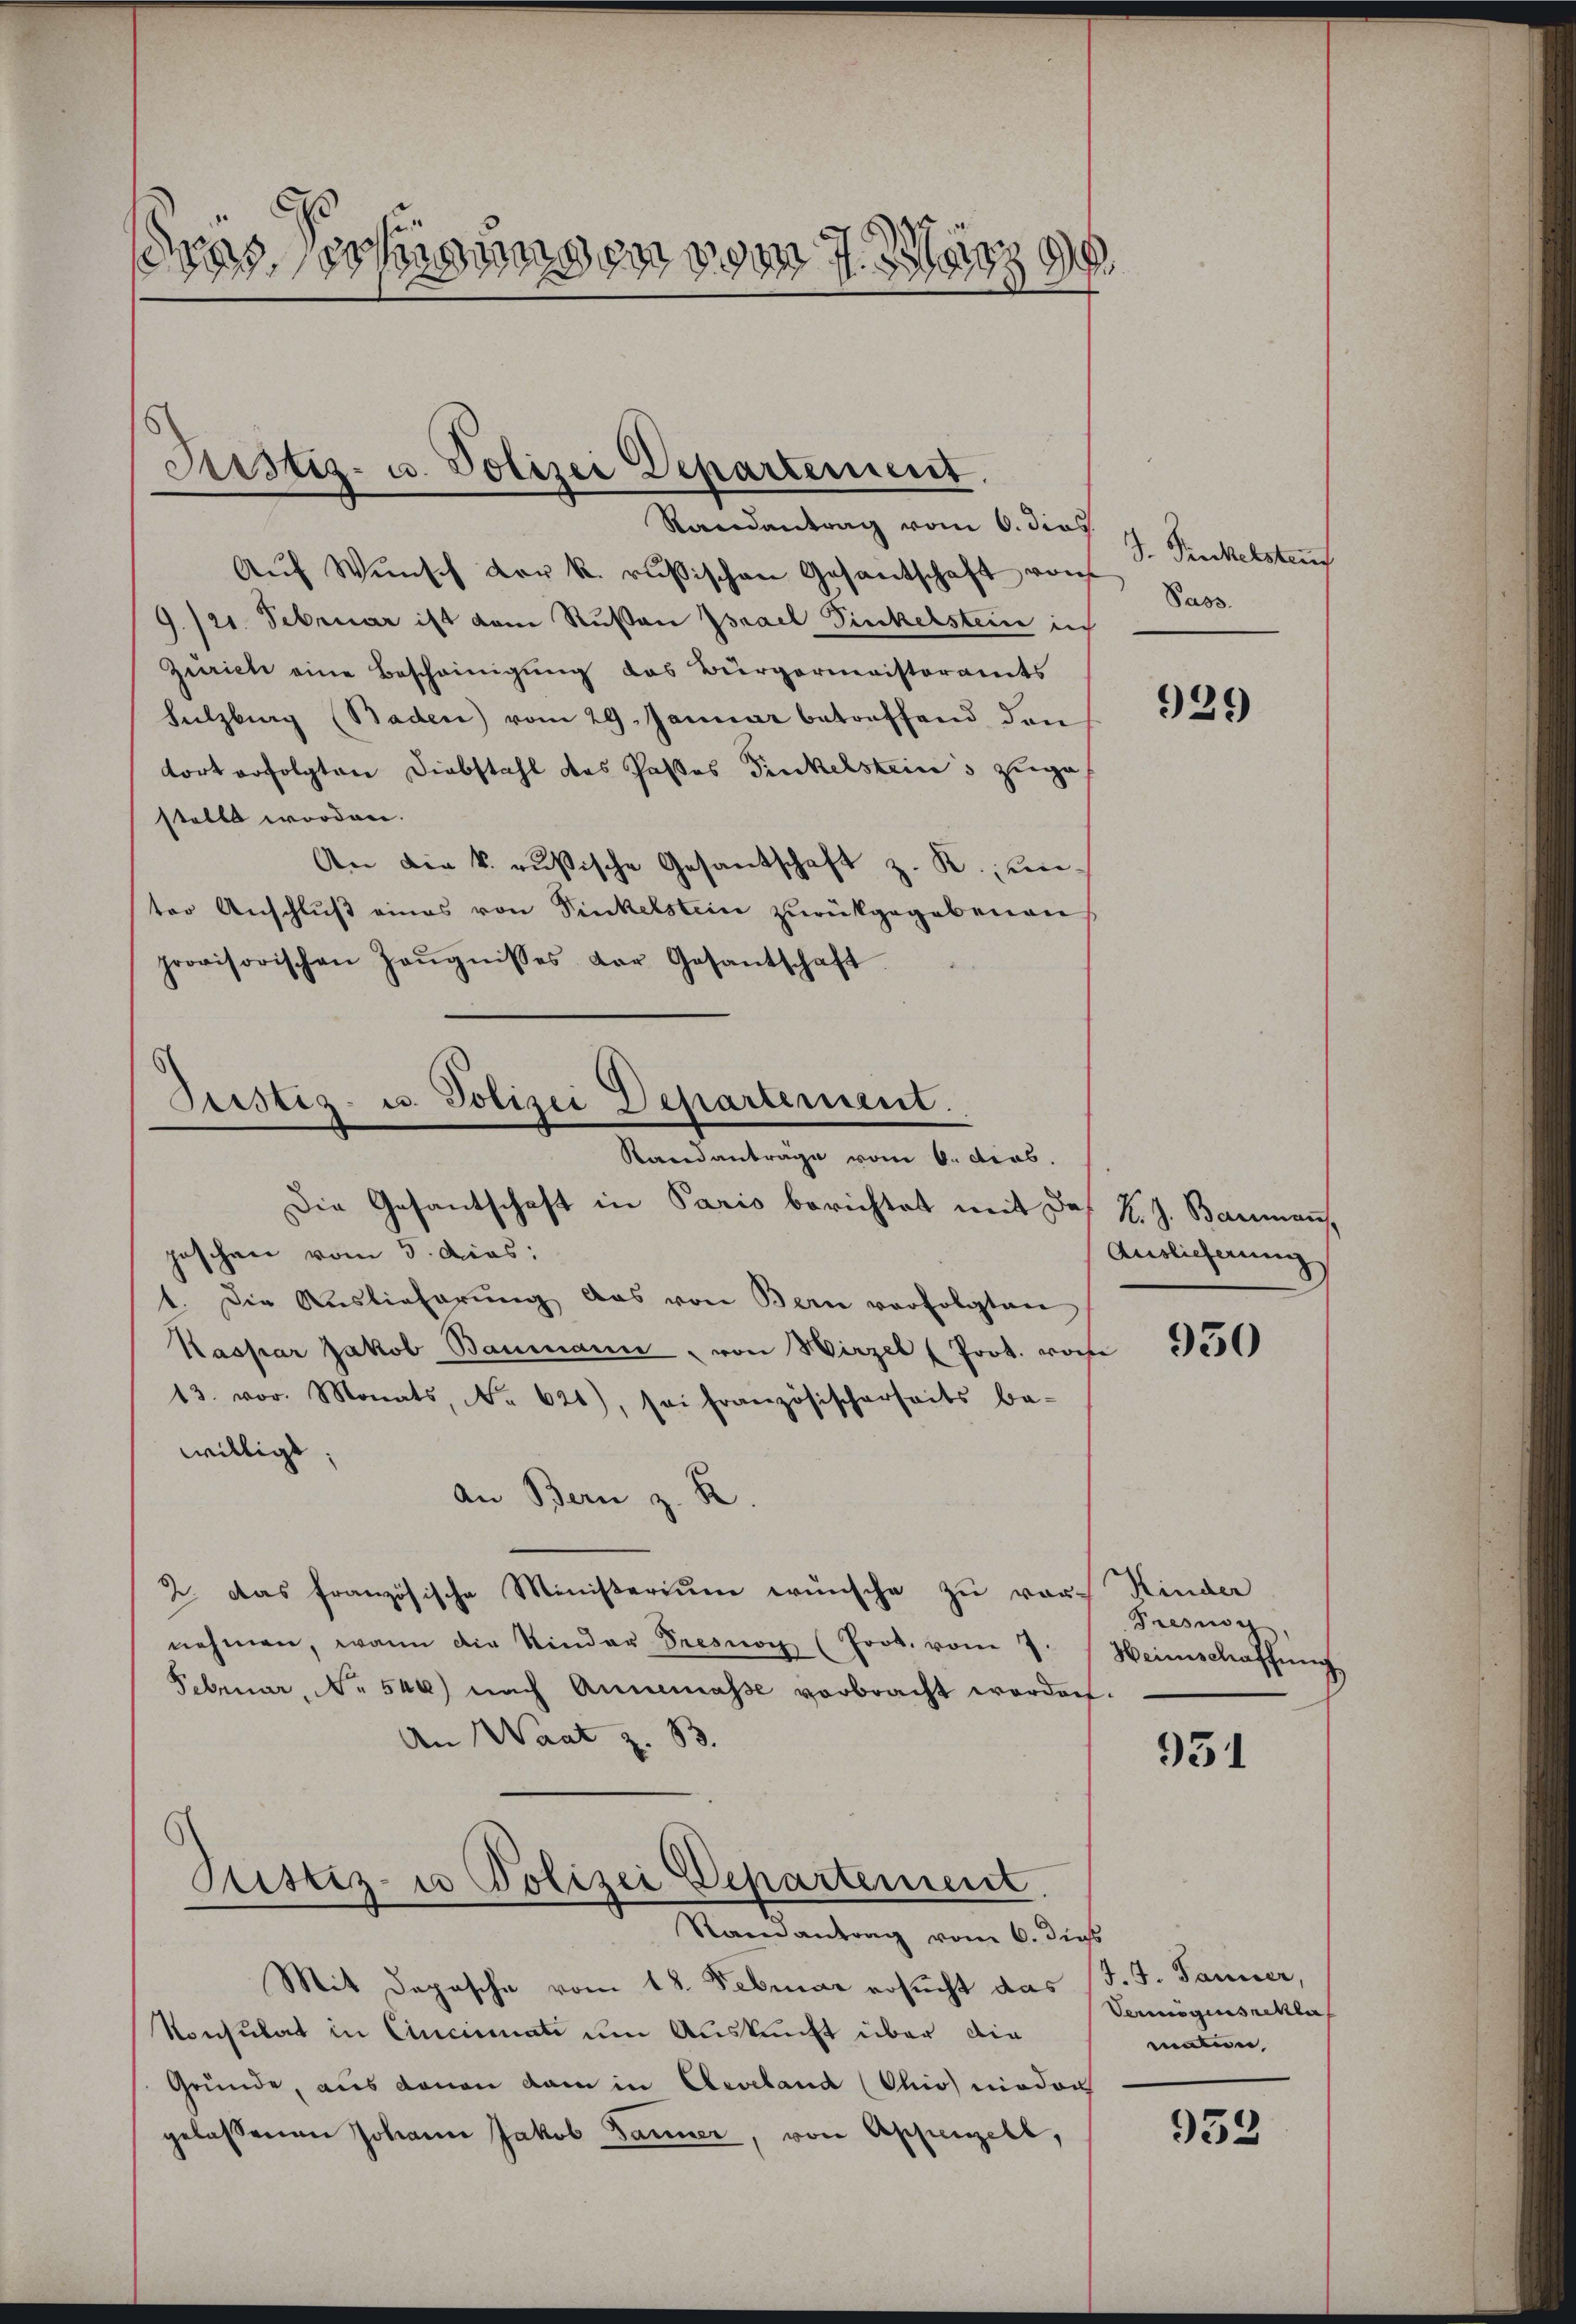
c
das schungen vom 7. März

Justiz- u. Polizei Departement
Randantrag vom 6. dies

Aŭf Wŭnsch der k. rusischen Gesantschaft von Pos
9./21. Februar ist dem Rußen Israel Sinkelsteine ich
Zürich eine Bescheinigung das Bürgermeisteramts
Sulzburg (Baden) vom 29. Januar betreffend den
tort erfolgten Diebstahl des Paßes Finkelsteins zuge
stellt worden.
An die k. rusische Gesandschaft z. R., unter Anschluß eines von Sinkelstein zurückgegebenen
provisorischen Zeŭgnisses der Gesantschaft

Justiz- u. Polizei Departement.
Randanträge vom 6. dies.

Die Gesantschaft in Paris berichtet mit des H. J. Baumann.
jeschen vom 3. dies:
1. Die Auslieferŭng das von Bern verfolgten
Kaspar Jakob Baumann von Wirzel (Prot. von
13. vor. Monats, No 621), sei französischerseits be-
willigt.
An Bern z. B.
2. Das französische Ministerium wünsche zu vor-
nehmen, wann die Kinder Tresnoy (Prot. vom 7. Heimschaffŭng
Februar, No 546) nach Annemasse verbracht worden.
An Waat z. 33.
Justiz- u Polizei Departement.

Raieantrag vom 6. dies

Mit Dopasche vom 18. Februar ersucht das (d. J. Janner,
Konsulat in Cincinati um Auskunft über die
Gründe, aus denen dan in Cleveland (Ohio nieden
gelassenen Johann Jakob Jänner, von Appenzell,

S. Punckelsteu

929

Auslieferung

950

Kinder
Tresig

951

952

Vermögens rekla
mann,